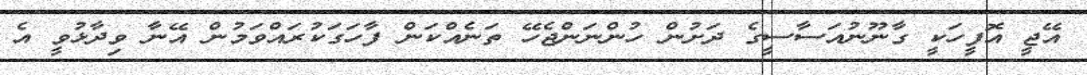
އޭޖީ އޮފީހަކީ ގާނޫނުއަސާސީގެ ދަށުން ހުންނަންޖެހޭ ތަނެއްކަން ފާހަގަކުރައްވަމުން އޭނާ ވިދާޅުވީ އެ